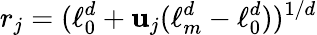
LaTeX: r_{j}=(\ell_{0}^{d}+\mathbf{u}_{j}(\ell_{m}^{d}-\ell_{0}^{d}))^{1/d}